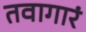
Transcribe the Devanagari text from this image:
तवागारं